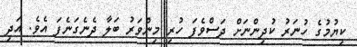
ކިޔުމުގެ ހުނަރު ކުދިންނަށް ދަސްވެފަ ހުރި މިންވަރު ބަލާ ދެނެގަނެފަ އެވެ. އަދި